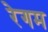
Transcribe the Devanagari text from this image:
रेगम